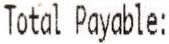
TOTAL PAYABLE: